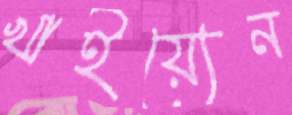
খাইয়্যেন